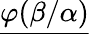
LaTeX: {\underline{{\varphi(\beta/\alpha)}}}\,